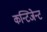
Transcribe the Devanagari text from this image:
कन्टिजेन्ट